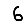
Digit: 6